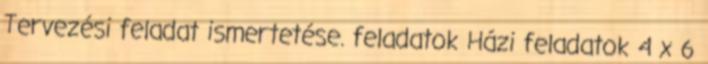
Tervezési feladat ismertetése. feladatok Házi feladatok 4 x 6